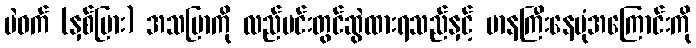
ပဲဝက် (နှစ်ပြား) အသပြာကို လည်ပင်းတွင်ဆွဲထားရသည်နှင့် မာနကြီးနေပုံအကြောင်းကို